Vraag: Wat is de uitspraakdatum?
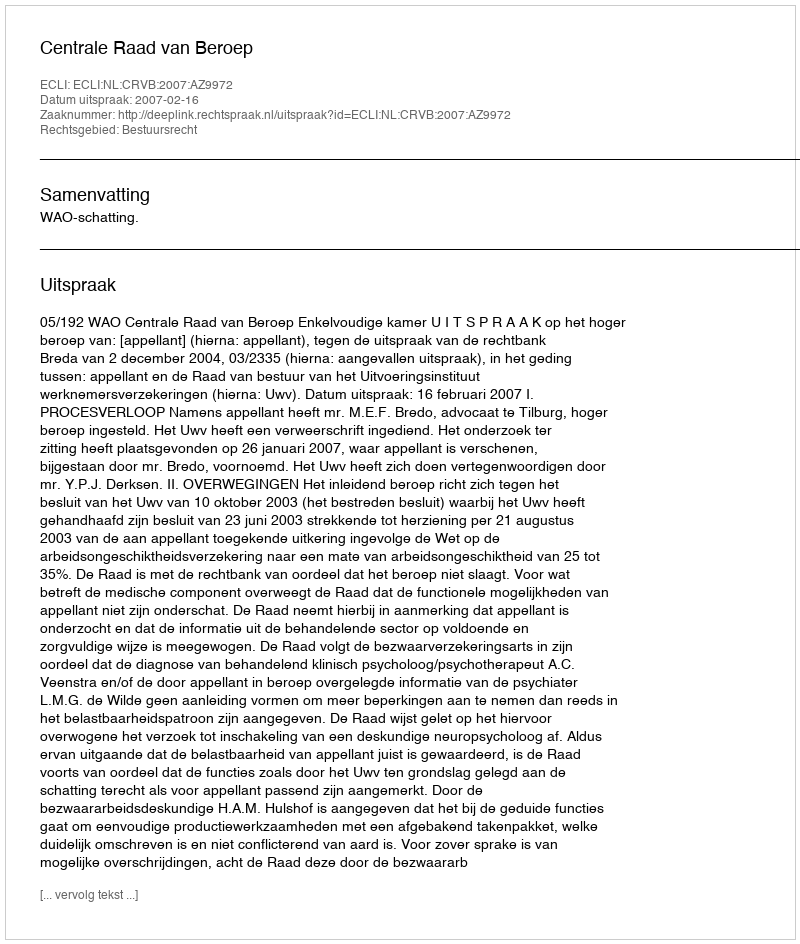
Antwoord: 2007-02-16